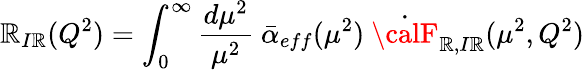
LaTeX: \mathbb{R}_{I\mathbb{R}}(Q^{2})=\int_{0}^{\infty}{\frac{{d\mu^{2}}}{{\mu^{2}}}}\ \bar{{\alpha}}_{eff}(\mu^{2})\ \dot{{{\calF}}}_{\mathbb{R},I\mathbb{R}}(\mu^{2},Q^{2})